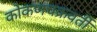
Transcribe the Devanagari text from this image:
कोकणचक्रवर्ती